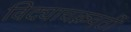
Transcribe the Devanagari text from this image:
विद्याचक्रवर्ती